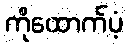
ကိုထောက်ပံ့